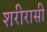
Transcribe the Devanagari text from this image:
शरीरासी